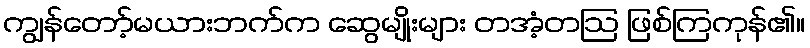
ကျွန်တော့်မယားဘက်က ဆွေမျိုးများ တအံ့တဩ ဖြစ်ကြကုန်၏။